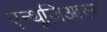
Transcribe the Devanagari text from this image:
एन्थूज़िआस्ट